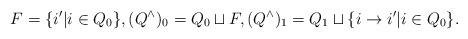
LaTeX: \begin{align*} F=\{i'|i\in Q_{0}\}, (Q^{\wedge})_{0}=Q_{0}\sqcup F, (Q^{\wedge})_{1}=Q_{1}\sqcup \{i\to i'|i\in Q_{0}\}.\end{align*}